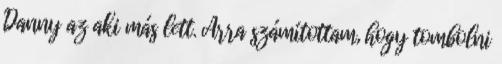
Danny az aki más lett. Arra számítottam, hogy tombolni